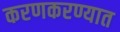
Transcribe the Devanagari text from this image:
करणकरण्यात